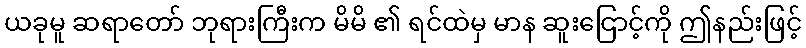
ယခုမူ ဆရာတော် ဘုရားကြီးက မိမိ ၏ ရင်ထဲမှ မာန ဆူးငြောင့်ကို ဤနည်းဖြင့်